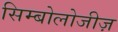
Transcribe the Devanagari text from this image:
सिम्बोलोजीज़